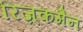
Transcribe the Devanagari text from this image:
रिज़्कमैन